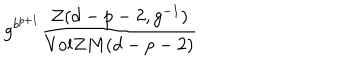
g ^ { b ^ { p + 1 } } \frac { { \cal { Z } } ( d - p - 2 , g ^ { - 1 } ) } { \mathrm { V o l } Z M ( d - p - 2 ) }